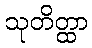
သုတိတ္ထာ